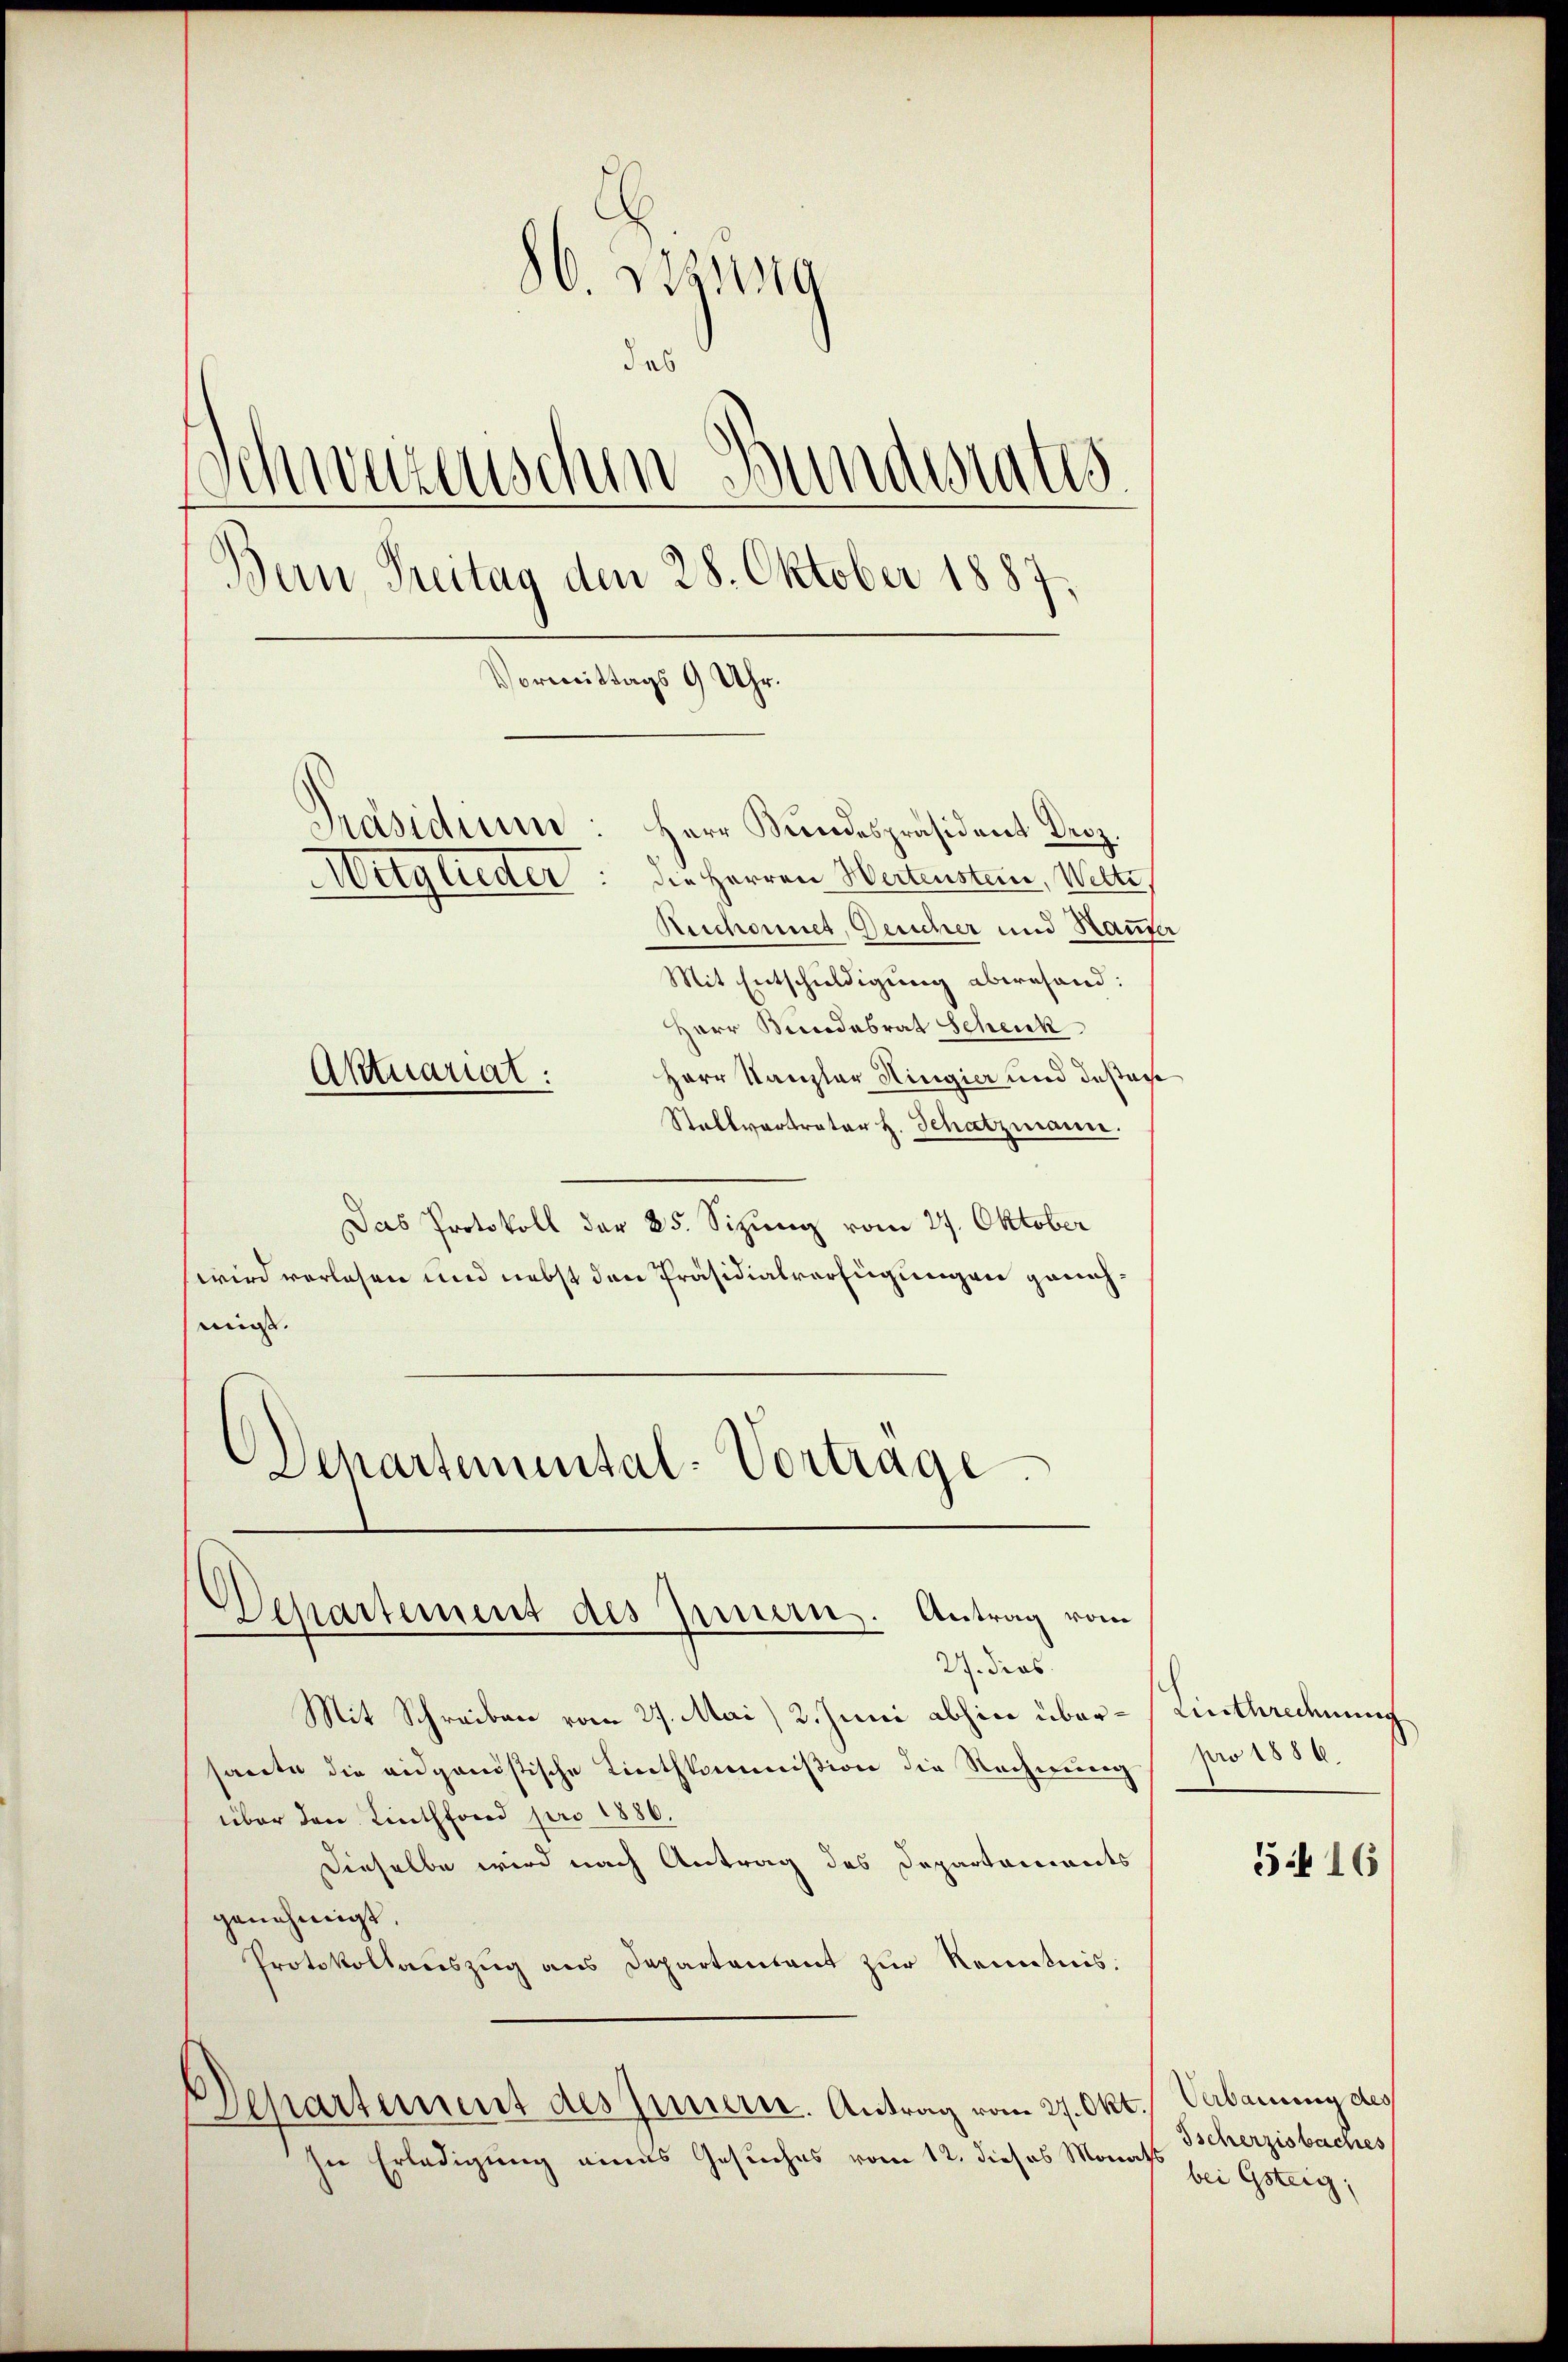
86. 321149
des
Schwarzenschen Bundentes
Bern Treitag den 28. Oktober 1887,
Vormittags 9 Uhr.
Präsidium: Herr Bundespräsident Droz.
die Herren Wertenstein, Wetti,
Augleiter
Reschonnet, Gesicher und Haufer
Mit Entschuldigung abwesend:

Herr Bundesrat Schenk
Herr Kanzler Hingier und desar
Stallvertreter h. Schatzmann.
Das Protokoll der 25. Sizung vom 27. Oktober
wird verlesen und nebst den Präsidialverfügungen genehmis.
Schartemental-Vortrage.

Aktuariat:

Departement des Innern. Antrag vom

I ders
Mit Schreiben vom 27. Mai, 2. Juni abhin über-Linthrechnung
sacte die eidganistische Linthkommißion die Rechnung pro 1556.
über den Linthfond pro 1886.
Dieselbe wird nach Antrag des Departoniants
genehmigt.
Protokollaŭszŭg ans Departentant zŭr Kenntnis:
Departement des Innern. Antrag vom 27. Okt.
In Erledigung eines Gesuches vom 12. dieses Monats

5.416

Verbauung des
Tscherzisbaches
bei Gsteig,